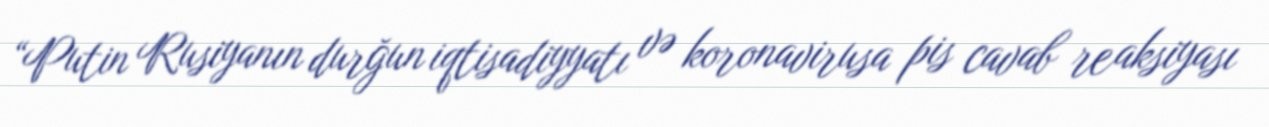
“Putin Rusiyanın durğun iqtisadiyyatı və koronavirusa pis cavab reaksiyası